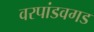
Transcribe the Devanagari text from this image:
वरपांडवगड